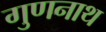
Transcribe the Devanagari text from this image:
गुणनाथ